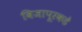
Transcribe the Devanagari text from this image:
विजापूरकडे